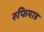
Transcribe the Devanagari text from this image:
रुफियाह